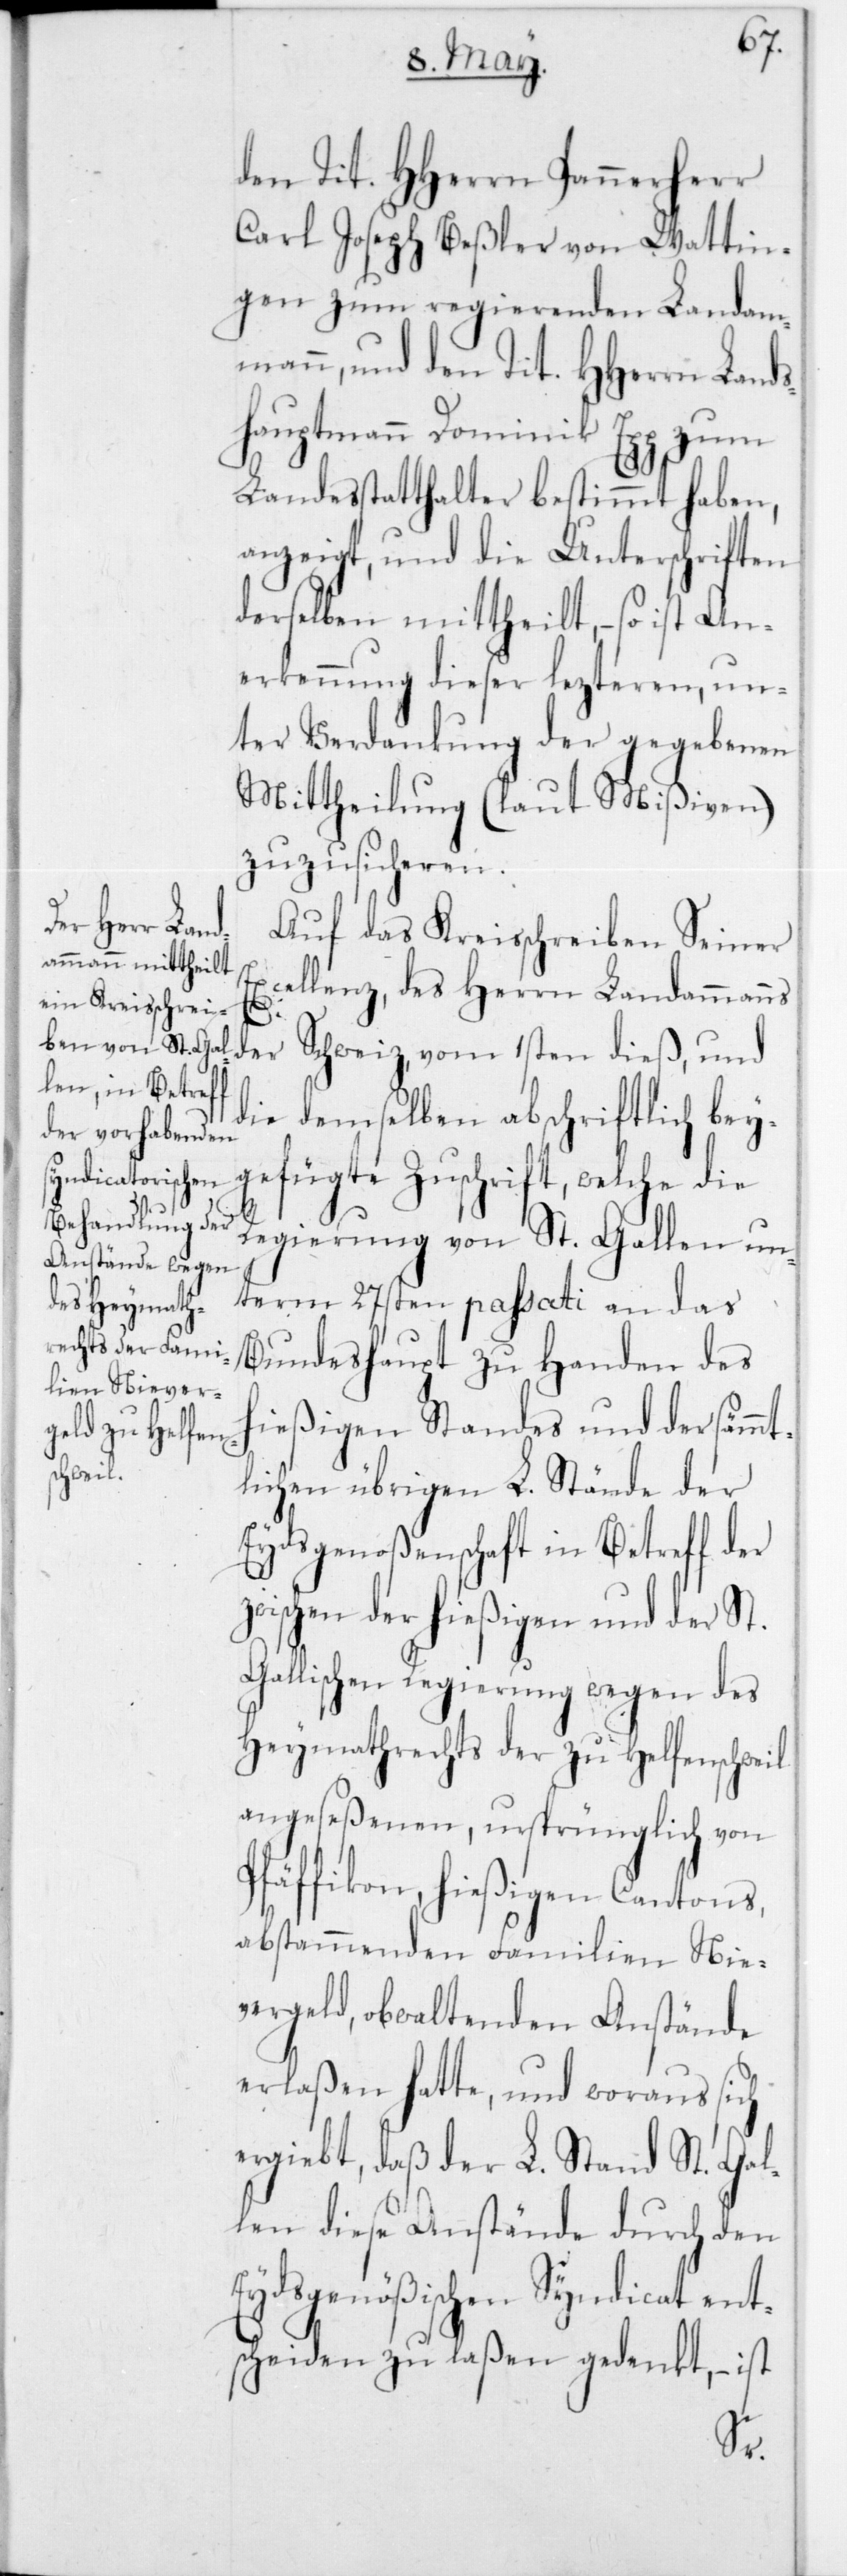
den Tit. HHerrn Pannerherr
Carl Joseph Beßler von Wattin¬
gen zum regierenden Landam¬
mann, und dem Tit. HHerrn Lands¬
hauptmann Dominik Epp zum
Landesstatthalter bestimmt haben,
anzeigt, und die Unterschriften
derselben mittheilt, – so is¬
erkennung dieser lezteren, un¬
ter Verdankung der gegebenen
Mittheilung (laut Mißiven)
zuzusicheren.
Auf das Kreisschreiben Seiner
xcellenz, des Herrn Landammanns
der
die demselben abschriftlich bey¬
gefügte Zuschrift, welche die
Regierung von St. Gallen un¬
term 27sten passati an das
Bundeshaupt zu Handen des
hießigen Standes und der sämmt¬
Schweiz,
lichen übrigen L. Stände der
Eydsgenoßenschaft in Betreff der
zwischen der hießigen und der St.
Gallischen Regierung wegen des
Heymathrechts der zu Helfenschweil
angeseßenen, ursprünglich von
Pfäffikon, hießigen Cantons,
abstammenden Familien Nie¬
vergeld obwaltenden Anstände
erlaßen hatte, und woraus sich
ergiebt, daß der L. Stand St. Gal¬
len diese Anstände durch den
Eydsgenößischen Syndicat ent¬
scheiden zu laßen gedenkt, – ist